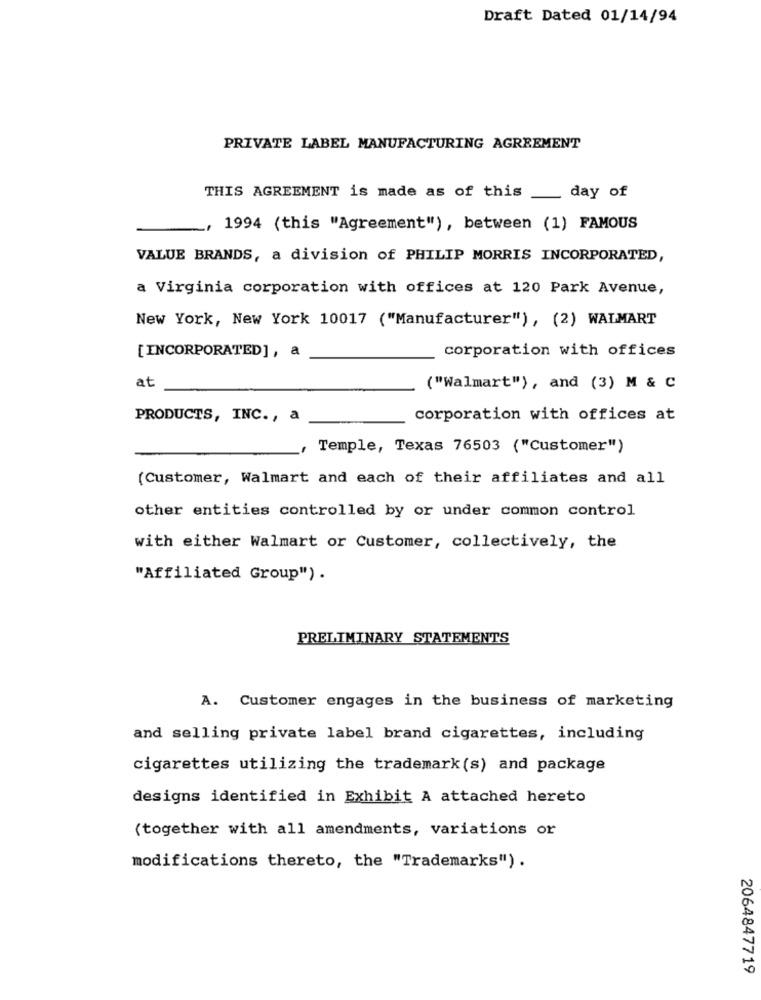
Draft Dated 01/14/94
PRIVATE LABEL MANUFACTURING AGREEMENT
THIS AGREEMENT is made as of this __ day of
1994 (this "Agreement"), between (1) FAMOUS
VALUE BRANDS, a division of PHILIP MORRIS INCORPORATED,
a Virginia corporation with offices at 120 Park Avenue,
New York, New York 10017 ("Manufacturer"), (2) WALMART
corporation with offices
[INCORPORATED], a
at
("Walmart"), and (3) M & C
PRODUCTS, INC ., a
corporation with offices at
Temple, Texas 76503 ("Customer")
(Customer, Walmart and each of their affiliates and all
other entities controlled by or under common control
with either Walmart or Customer, collectively, the
"Affiliated Group") .
PRELIMINARY STATEMENTS
A. Customer engages in the business of marketing
and selling private label brand cigarettes, including
cigarettes utilizing the trademark (s) and package
designs identified in Exhibit A attached hereto
(together with all amendments, variations or
modifications thereto, the "Trademarks").
2064847719